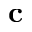
\mathbf c